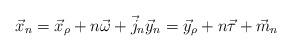
LaTeX: \begin{align*}\vec x_n = \vec x_\rho + n\vec \omega + \vec j_n \vec y_n = \vec y_\rho + n\vec\tau + \vec m_n\end{align*}